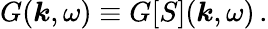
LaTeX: G(\boldsymbol{k},\omega)\equiv{G}[S](\boldsymbol{k},\omega)\, .